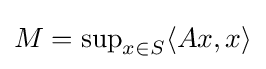
\textstyle M=\sup _{x\in S}\langle Ax,x\rangle